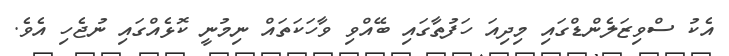
އެކު ސްވިޒަލެންޑްގައި މިދިއަ ހަފުތާގައި ބޭއްވި ވާހަކަތައް ނިމުނީ ކޮޅެއްގައި ނުޖެހި އެވެ.